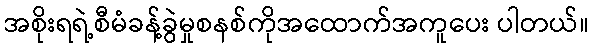
အစိုးရရဲ့စီမံခန့်ခွဲမှုစနစ်ကိုအထောက်အကူပေး ပါတယ်။